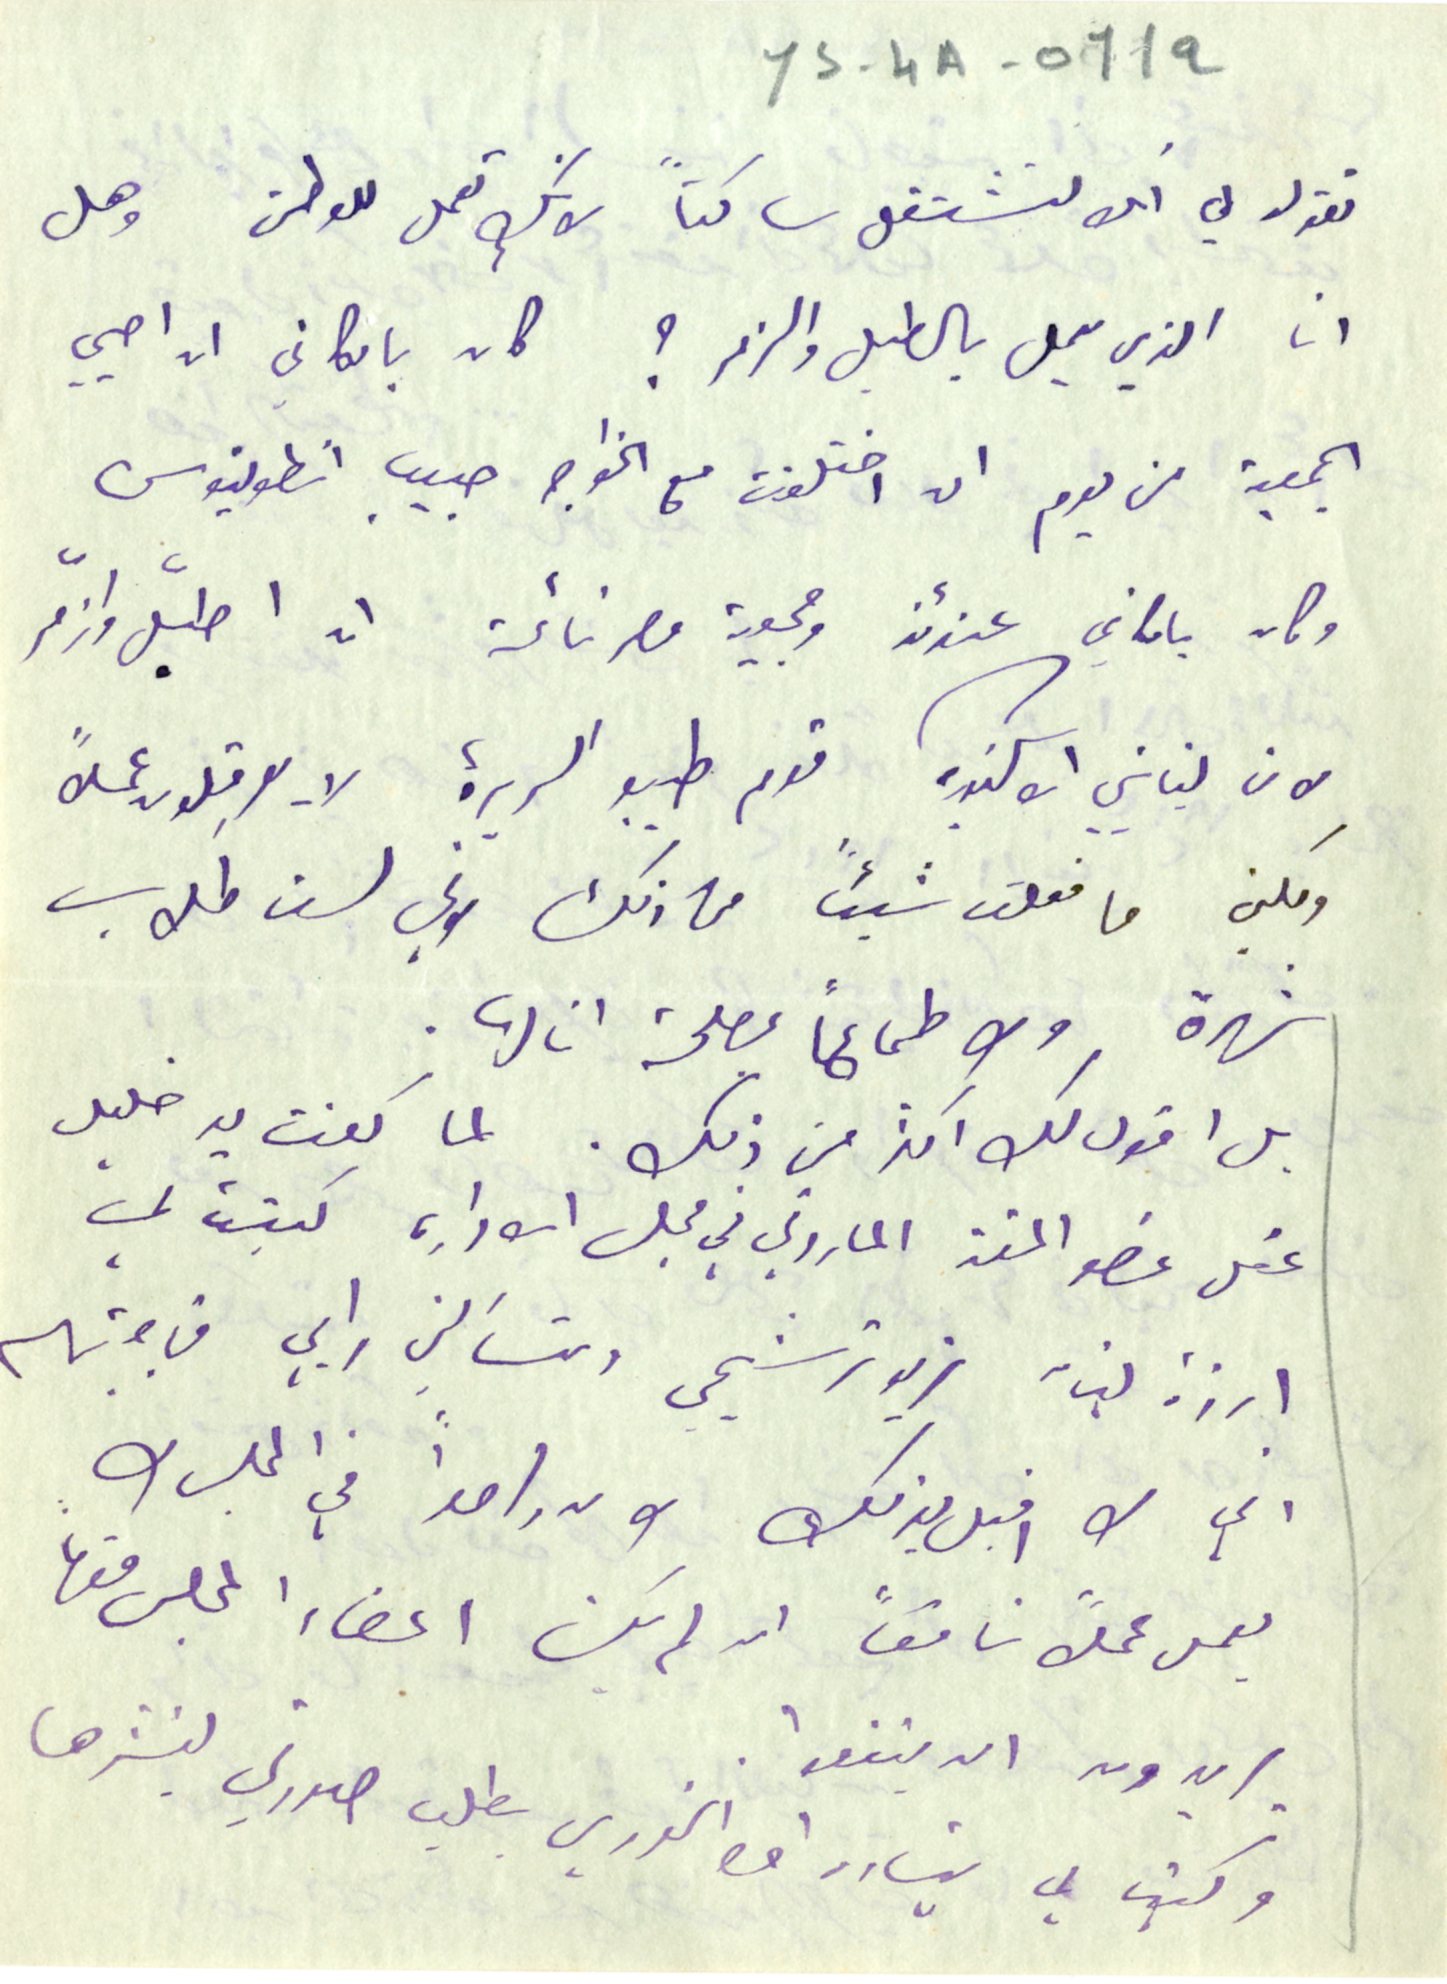
YS-4A-011a
تقول لي انك تشتغل ساكتاً لانك تعمل للوطن وهل
انا الذي يعمل بالطبل والزمر؟ كان بامكاني ان احيي
الجمعية من يوم ان اختلفت مع الخواجه حبيب انطونيوس
وكان بامكاني عندئذ وجمعية مصر نائمة ان اطبّل وازمّر
لان لبنانيي الاسكندريه قوم طيبو السريرة لا يعرقِلون عملاً
ولكني ما فعلت شيئاً من ذلك لاني لست طلاب
شهرة ولا طماعًا بمصلحة انا لها.
بل اقول لك اكثر من ذلك. لما كنت يد خليل
عقل عضو المتن الماروني في مجلس الاداره كتبت لي
ارزة لبنان تريد ترشيحي وتسألني رايي فاجبتهم
اني لا اقبل بذلك ولا واحداً في المجلس لا
يعمل عملاً ناقصاً ان لم يكن اعضاء المجلس منها
يريدون ان يتفعوا.
وكتب لي بشاره افندى الخوري بطلب صورتي لينشرها